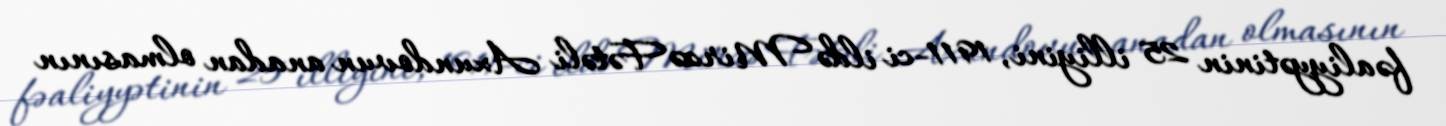
fəaliyyətinin 25 illiyini, 1911-ci ildə Mirzə Fətəli Axundovun anadan olmasının